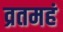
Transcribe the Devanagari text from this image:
व्रतमहं